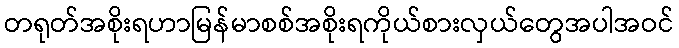
တရုတ်အစိုးရဟာမြန်မာစစ်အစိုးရကိုယ်စားလှယ်တွေအပါအဝင်